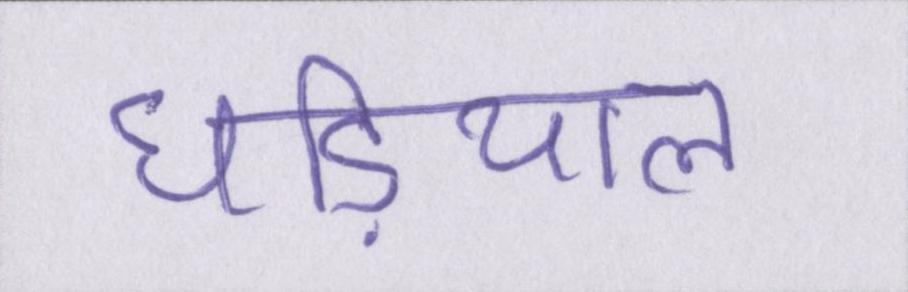
घडि़याल